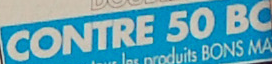
CONTRE 50 BO